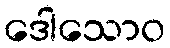
ဒေါသောဝ